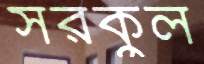
সরকুল